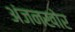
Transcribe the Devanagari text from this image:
अंजनखोर